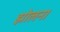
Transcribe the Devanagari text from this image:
झोलना